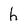
Character: h